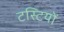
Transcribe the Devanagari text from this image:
टस्टियों